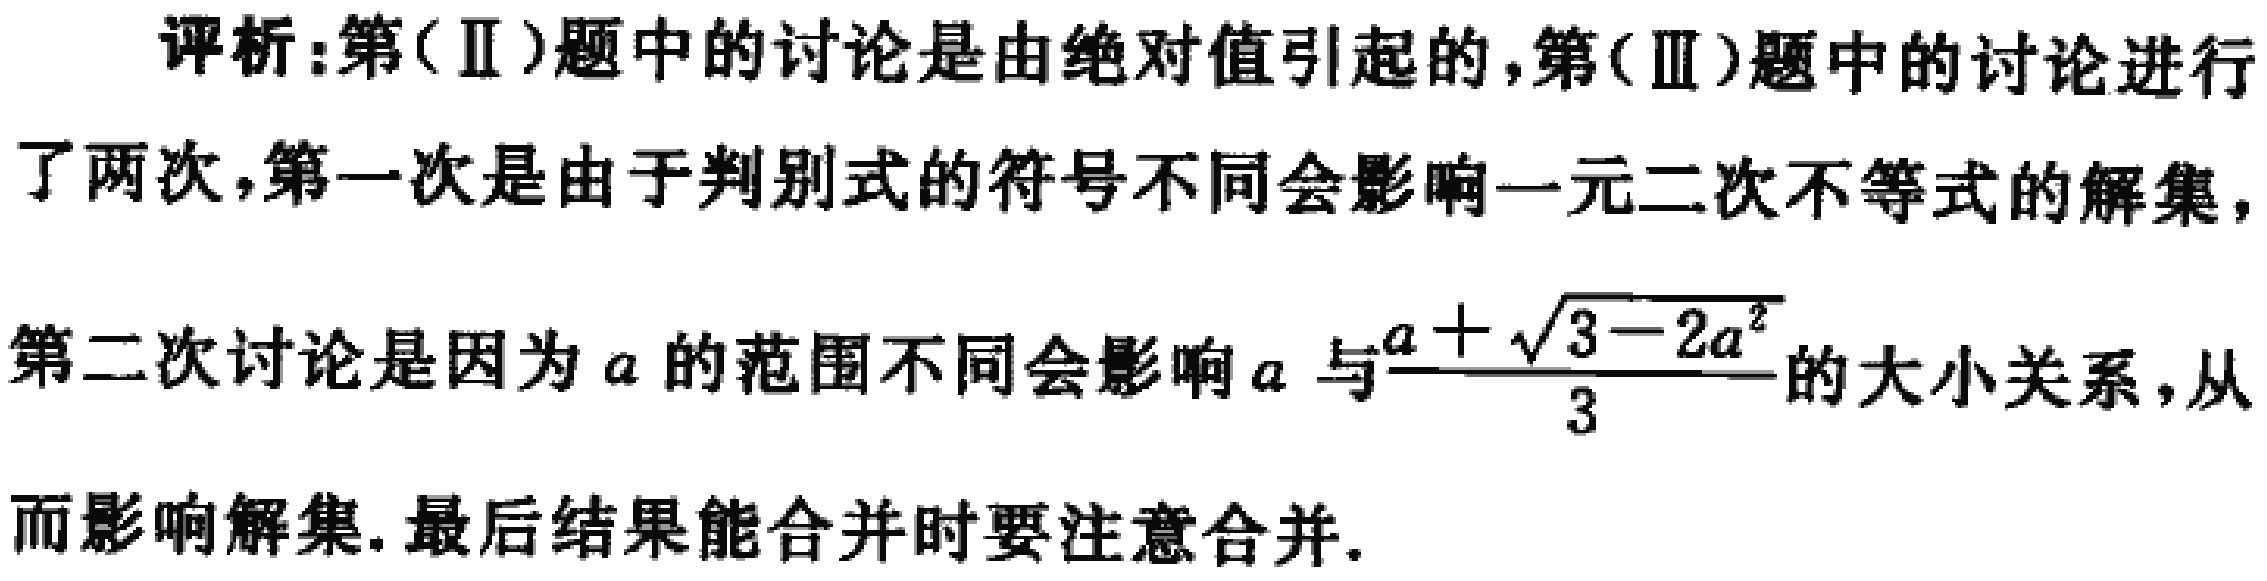
评析：第(Ⅱ)题中的讨论是由绝对值引起的，第(Ⅲ)题中的讨论进行了两次，第一次是由于判别式的符号不同会影响一元二次不等式的解集，第二次讨论是因为\(a\)的范围不同会影响\(a\)与\(\frac{a + \sqrt{3 - 2a^{2}}}{3}\)的大小关系，从而影响解集. 最后结果能合并时要注意合并.